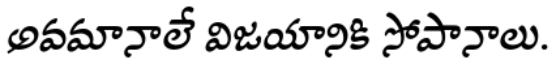
అవమానాలే విజయానికి సోపానాలు.